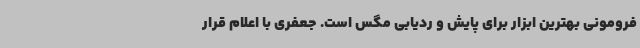
فرومونی بهترین ابزار برای پایش و ردیابی مگس است. جعفری با اعلام قرار